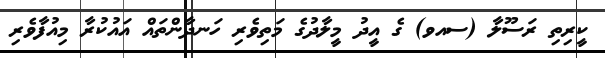
ކީރިތި ރަސޫލާ (ސއވ) ގެ އީދު މީލާދުގެ މަތިވެރި ހަނދާންތައް އައުކުރާ މިއުފާވެރި